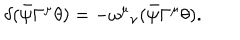
LaTeX: \delta ( \bar { \psi } \Gamma ^ { \mu } \theta ) = - { \omega ^ { \mu } } _ { \nu } ( \bar { \psi } \Gamma ^ { \mu } \theta ) .